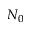
N _ { 0 }